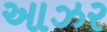
આઝર